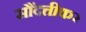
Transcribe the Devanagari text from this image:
सौंदत्तीकर